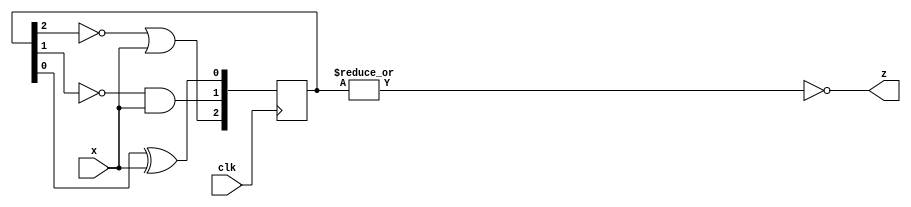
module top_module (
    input clk,
    input x,
    output z
    );
reg [2:0] Q; 
    always @(posedge clk) begin
        Q[0] <= Q[0] ^ x;
        Q[1] <= ~Q[1] & x;
        Q[2] <= ~Q[2] | x;
    end
    assign z = ~(| Q);
endmodule